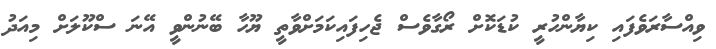
ވިއްސާރަވެފައި ކިޔާންހުރީ ކުޑަކޮށް ރޯގާވެސް ޖެހިފައިކަމަށްވާތީ ޔޫހާ ބޭނުންވީ އޭނަ ސްކޫލަށް މިއަދު